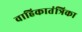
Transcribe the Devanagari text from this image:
वाहिकातंत्रिका